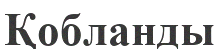
Қобланды